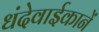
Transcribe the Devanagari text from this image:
धंदेवाईकानें